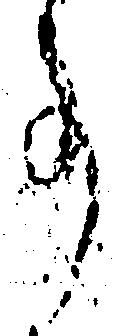
事